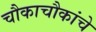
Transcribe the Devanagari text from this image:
चौकाचौकांचे